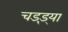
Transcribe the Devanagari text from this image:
चड्ड़्या